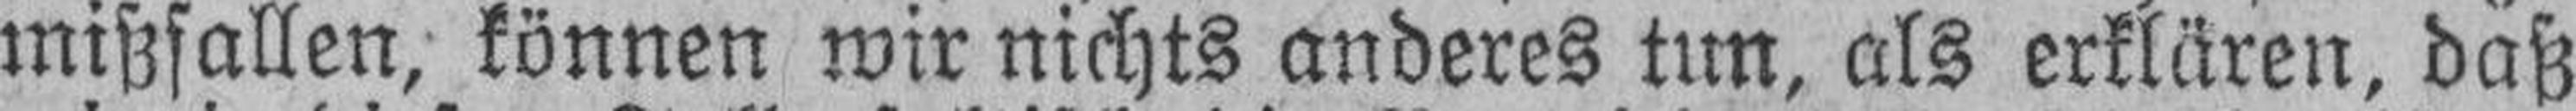
mißfallen, können wir nichts anderes tun, als erklären, daß